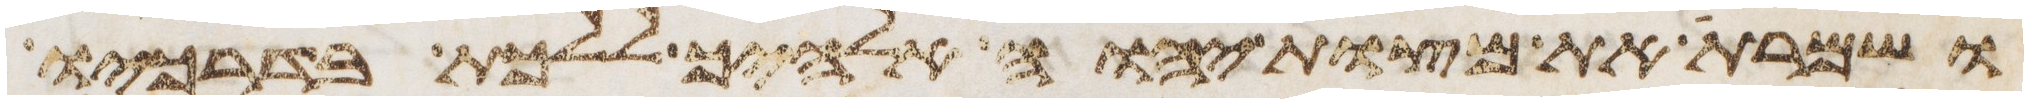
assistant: ושמרת את מצות יהוה אלהיך ללכת בדרכיו